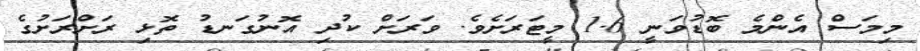
މިމަސް އެންމެ ބޮޑުވަނީ 1.6 މީޓަރަށެވެ. ވަރަށް ކުދި އޮނުގަނޑު ތޮޅި ރަށްރަށުގެ